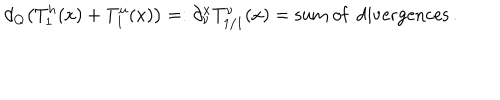
d _ { Q } \big ( T _ { 1 } ^ { h } ( x ) + T _ { 1 } ^ { u } ( x ) \big ) = : \partial _ { \nu } ^ { x } T _ { 1 / 1 } ^ { \nu } ( x ) = \mathrm { s u m ~ o f ~ d i v e r g e n c e s } \, .